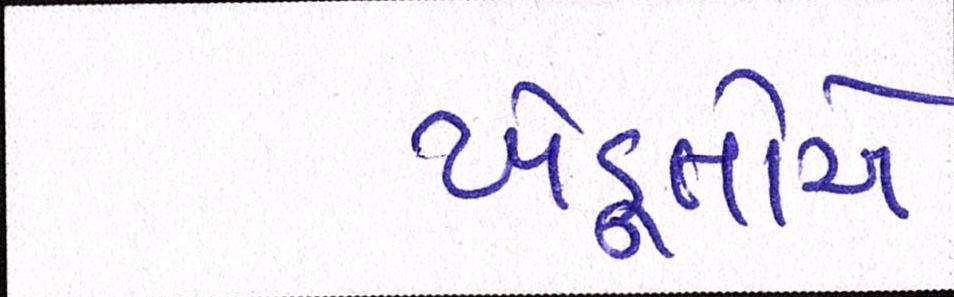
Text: ખેડૂતોએ